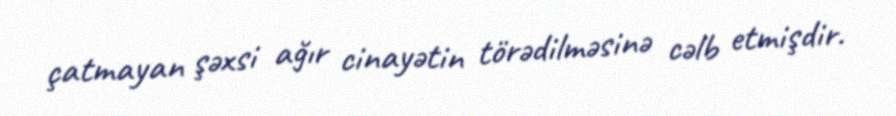
çatmayan şəxsi ağır cinayətin törədilməsinə cəlb etmişdir.